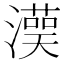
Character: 𱩩